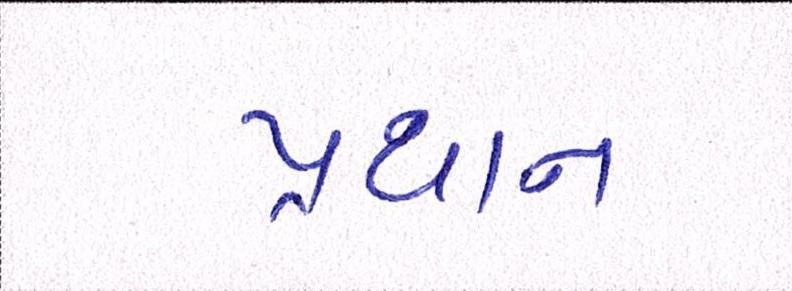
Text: પ્રથાન